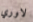
لاوري